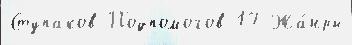
Ступаков Подпомогов 17 Жа́нры